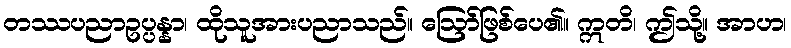
တဿပညာဥပ္ပန္နာ၊ ထိုသူအားပညာသည်။ ဩော်ဖြစ်ပေ၏။ ဣတိ၊ ဤသို့။ အာဟ၊